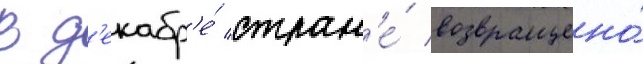
В д'екабр'е́ стран'е́ возвращено́